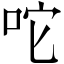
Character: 咜